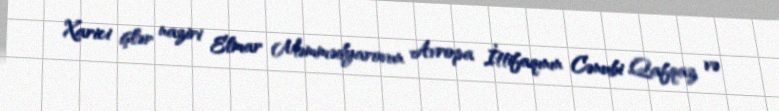
Xarici işlər naziri Elmar Məmmədyarovun Avropa İttifaqının Cənubi Qafqaz və